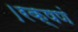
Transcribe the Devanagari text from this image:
।रक्षणं